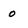
Character: o